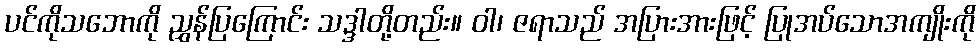
ပင်ကိုသဘောကို ညွှန်ပြကြောင်း သဒ္ဒါတို့တည်း။ ဝါ၊ ဇရာသည် အပြားအားဖြင့် ပြုအပ်သောအကျိုးကို